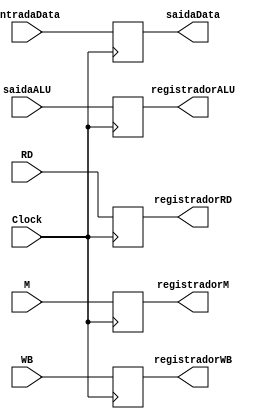
module EXMEM(
  input Clock,
  input [1:0] WB,
  input [2:0] M,
  input [4:0] RD,
  input [31:0] entradaData, saidaALU,
  output reg [2:0] registradorM,
  output reg [1:0] registradorWB,
  output reg [31:0] saidaData, registradorALU,
  output reg [4:0] registradorRD);

 initial begin
 
  registradorWB=0;
  registradorM=0;
  registradorALU=0;
  saidaData=0;
  registradorRD=0;

 end

 always@(posedge Clock) begin

  registradorWB <= WB;
  registradorM <= M;
  registradorALU <= saidaALU;
  registradorRD <= RD;
  saidaData <= entradaData;

 end

endmodule